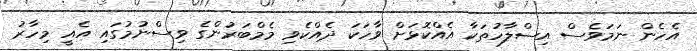
އެހެން ނަމަވެސް އިސްލާހުތަކާ އެއްކޮޅަށް ވާހަކަ ދެއްކެވި މެމްބަރުންގެ ވިސްނުމުގައި އެއީ މިހާރު